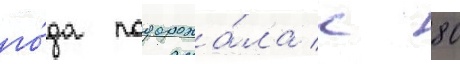
го́да подорожа́ла с 80